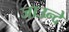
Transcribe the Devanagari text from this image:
जाउन्दे